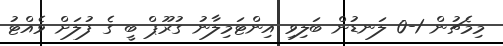
މިމެޗުން 1-0 ލަނޑުން ބަލިވި އިންޓަމިލާނު ގުރޫޕް ބީ ގެ ފުލަށް ވެއްޓު